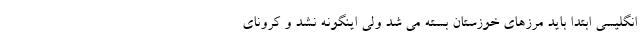
انگلیسی ابتدا باید مرزهای خوزستان بسته می شد ولی اینگونه نشد و کرونای